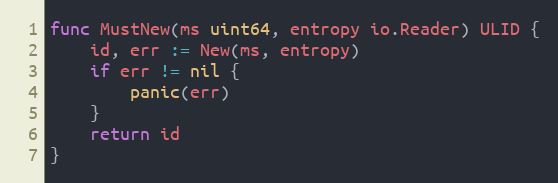
Language: Go
func MustNew(ms uint64, entropy io.Reader) ULID {
	id, err := New(ms, entropy)
	if err != nil {
		panic(err)
	}
	return id
}